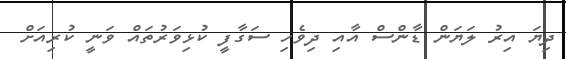
ދިޔަ އިރު ލަޔަން ޑާންސް އާއި ދިވެހި ސަގާފީ ކުޅިވަރުތައް ވަނީ ކުރިއަށް